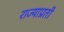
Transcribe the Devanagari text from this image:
राज्याप्रती